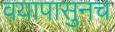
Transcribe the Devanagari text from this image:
वयापासुनच